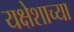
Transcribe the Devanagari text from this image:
यक्षेशाच्या